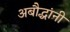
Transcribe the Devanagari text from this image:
अबौद्धांनी